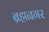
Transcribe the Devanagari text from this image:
ब्रह्मनगर